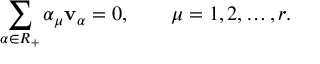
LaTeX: \sum _ { \alpha \in R _ { + } } \alpha _ { \mu } { \bf v } _ { \alpha } = 0 , \qquad \mu = 1 , 2 , \ldots , r .